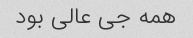
همه جی عالی بود